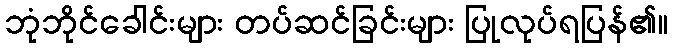
ဘုံဘိုင်ခေါင်းများ တပ်ဆင်ခြင်းများ ပြုလုပ်ရပြန်၏။